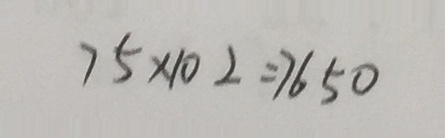
7 5 \times 1 0 2 = 7 6 5 0